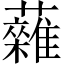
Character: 䕹